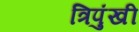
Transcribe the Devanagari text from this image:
त्रिपुंखी